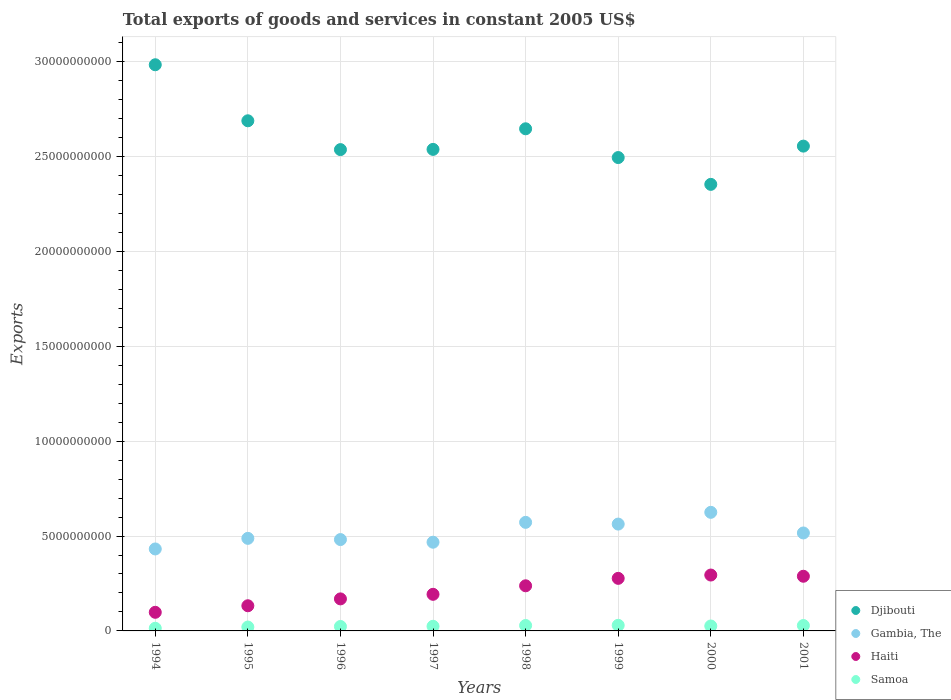
| Years | Djibouti | Gambia, The | Haiti | Samoa |
 | --- | --- | --- | --- | --- |
 | 1994 | 2.98e+10 | 4.32e+09 | 9.81e+08 | 1.4e+08 |
 | 1995 | 2.69e+10 | 4.88e+09 | 1.33e+09 | 2.05e+08 |
 | 1996 | 2.54e+10 | 4.81e+09 | 1.69e+09 | 2.34e+08 |
 | 1997 | 2.54e+10 | 4.67e+09 | 1.93e+09 | 2.44e+08 |
 | 1998 | 2.65e+10 | 5.72e+09 | 2.38e+09 | 2.86e+08 |
 | 1999 | 2.49e+10 | 5.63e+09 | 2.77e+09 | 2.95e+08 |
 | 2000 | 2.35e+10 | 6.25e+09 | 2.94e+09 | 2.6e+08 |
 | 2001 | 2.55e+10 | 5.16e+09 | 2.88e+09 | 2.85e+08 |